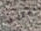
الاغراض